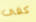
كفى